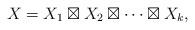
LaTeX: \begin{align*} X=X_1\boxtimes X_2\boxtimes\cdots \boxtimes X_k, \end{align*}